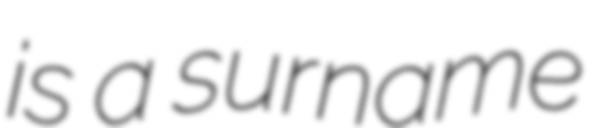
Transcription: is a surname